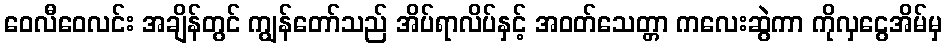
ဝေလီဝေလင်း အချိန်တွင် ကျွန်တော်သည် အိပ်ရာလိပ်နှင့် အဝတ်သေတ္တာ ကလေးဆွဲကာ ကိုလှငွေအိမ်မှ